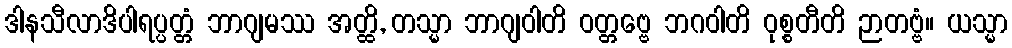
ဒါနသီလာဒိပါရပ္ပတ္တံ ဘာဂျမဿ အတ္ထိ, တသ္မာ ဘာဂျဝါတိ ဝတ္တဗ္ဗေ ဘဂဝါတိ ဝုစ္စတီတိ ဉာတဗ္ဗံ။ ယသ္မာ